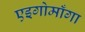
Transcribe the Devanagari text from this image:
एइगोमाँगा